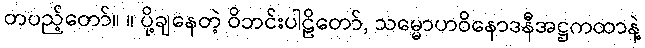
တပည့်တော်။ ။ ပို့ချနေတဲ့ ဝိဘင်းပါဠိတော်, သမ္မောဟဝိနောဒနီအဋ္ဌကထာနဲ့